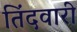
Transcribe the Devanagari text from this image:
तिंदवारी